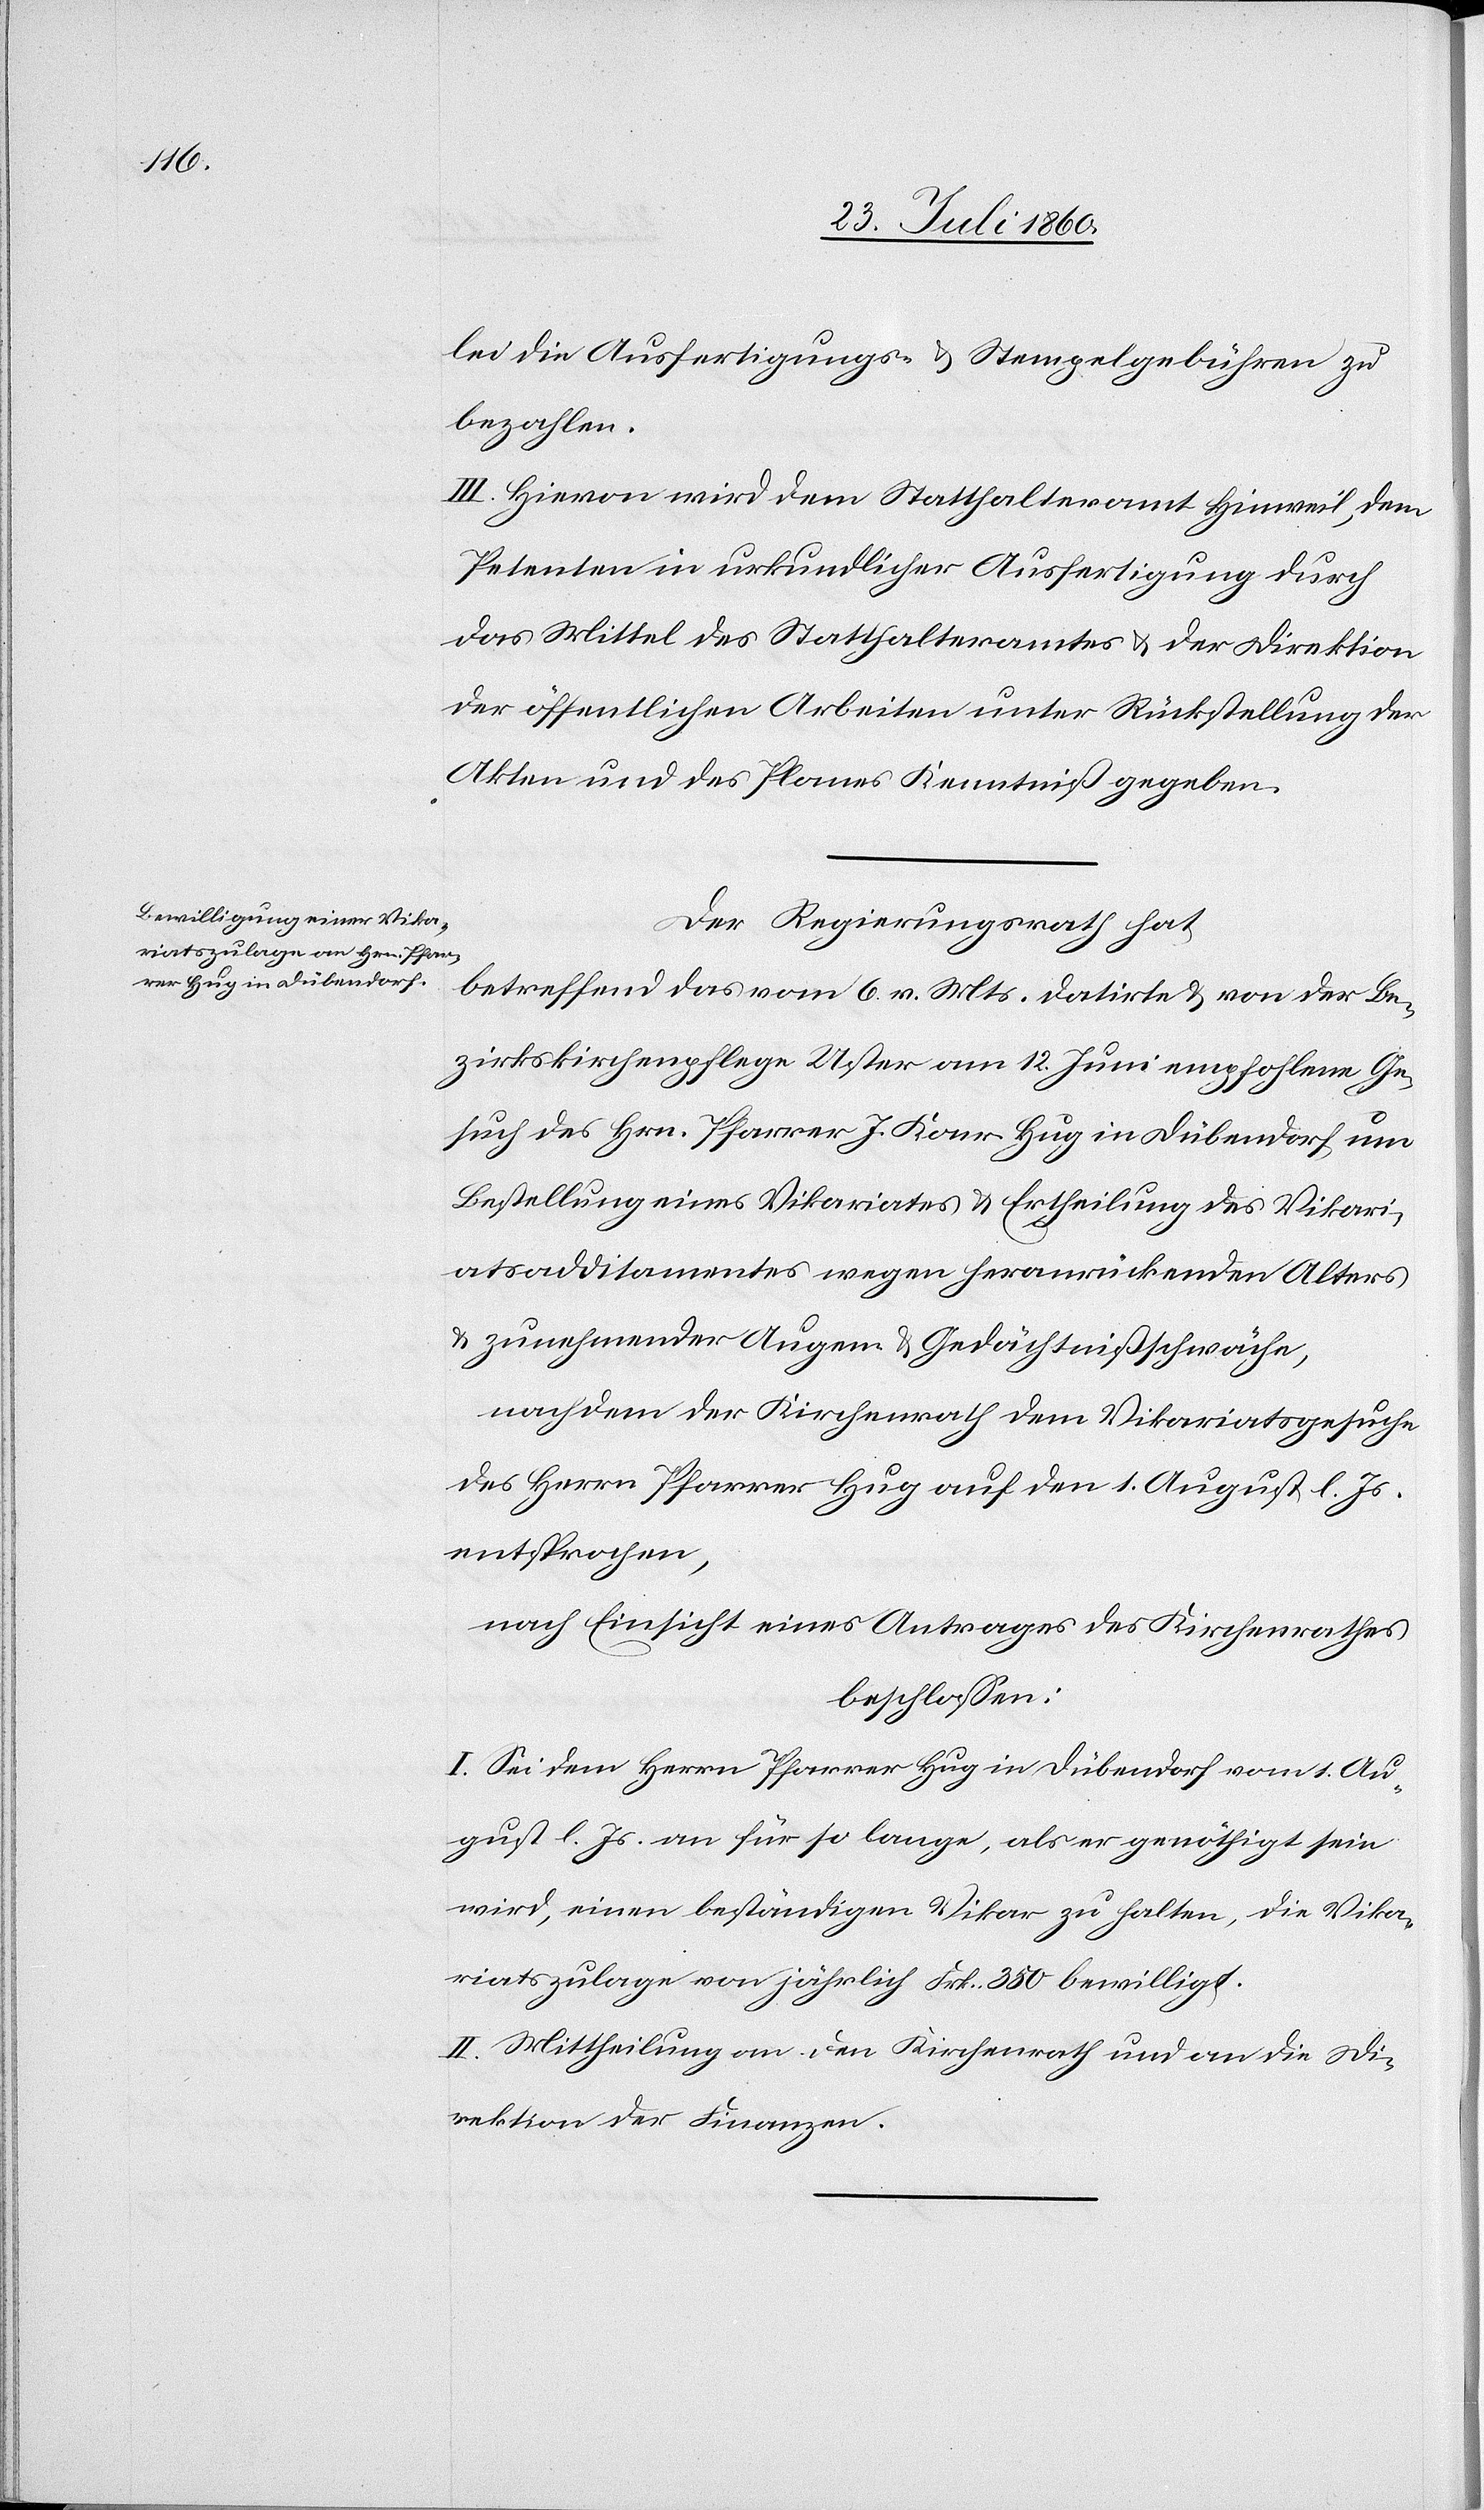
kanz¬

lei die Ausfertigungs- u. Stempelgebühren zu
bezahlen.
III. Hievon wird dem Statthalteramte Hinweil, dem
Petenten, in urkundlicher Ausfertigung durch
das Mittel des Statthalteramtes und der Direktion
der öffentlichen Arbeiten unter Rückstellung der
Akten u. des Planes Kenntniss gegeben.
Der Regierungsrath hat
betreffend das vom 6. v. Mts. datirte und von der Be¬
zirkskirchenpflege Uster am 12. Juni empfohlene Ge¬
such des Herrn Pfarrer J. Konrad Hug in Dübendorf um
Bestellung eines Vikariates und Ertheilung des Vikari¬
atsadditaments wegen herausrückenden Alters
und zunehmender Augen- und Gedächtnissschwäche,
nachdem der Kirchenrath dem Vikariatsgesuche
des Herrn Pfarrer Hug auf den 1. August l. Js.
entsprochen,
nach Einsicht eines Antrages des Kirchenrathes,
beschlossen.
I. Sei dem Herrn Pfarrer Hug in Dübendorf vom 1t Au¬
gust l. Js. an für so lange, als er genöthigt sein
wird, einen beständigen Vikar zu halten, die Vika¬
riatszulage von jährlich fcs. 350 bewilligt.
II. Mittheilung an den Kirchenrath und an die Di¬
rektion der Finanzen.